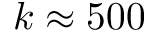
k \approx 5 0 0